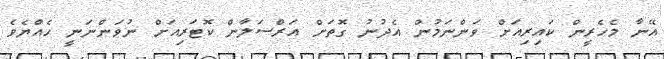
އޭނާ މެހެރީން ކައިރިއަށް ވަންނަމުން އެދުނު ގޮތަށް އަރްސަލާން ކޮޓަރިއަށް ނުވަންނަނީ ހެއްޔެވެ